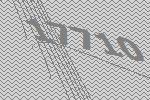
17710